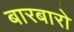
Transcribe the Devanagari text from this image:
बारबारो